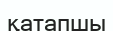
қатапшы